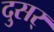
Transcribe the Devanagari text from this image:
दुसर्